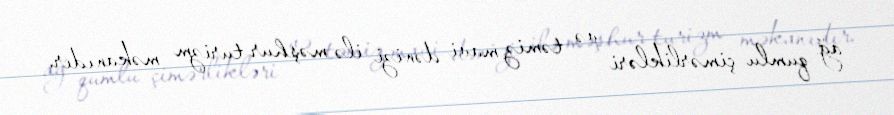
ağ qumlu çimərlikləri və təmiz mavi dənizi ilə məşhur turizm məkanıdır.